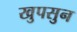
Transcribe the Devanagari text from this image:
खुपसुन